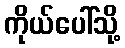
ကိုယ်ပေါ်သို့